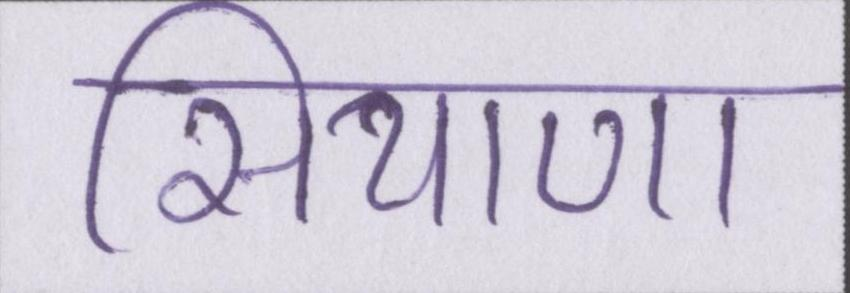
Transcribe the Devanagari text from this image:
सियाणा